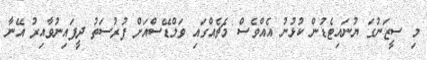
މި ސީޒަނުގަ ޔުނައިޓެޑުން ކުޅުނު އެއްވެސް މެޗެއްގައި ވަލްޑޭސްއަށް ފުރުސަތު ދީފައިނުވާއިރު އޭނާ